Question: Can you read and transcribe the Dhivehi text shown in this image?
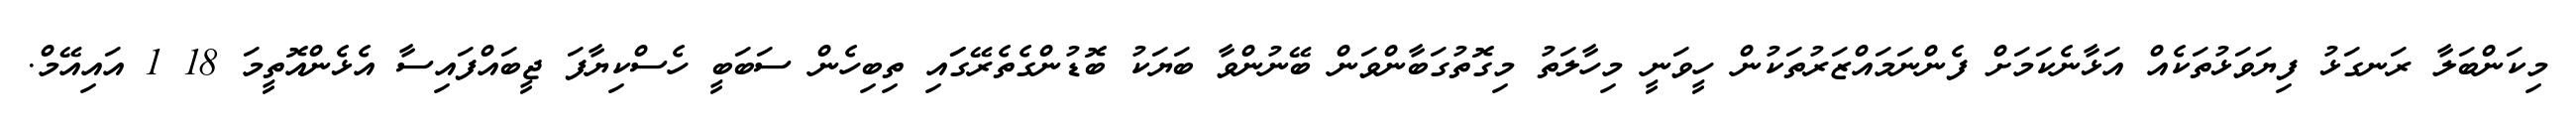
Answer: މިކަންބަލާ ރަނގަޅު ފިޔަވަޅުތަކެއް އަޅާނެކަމަށް ފެންނަމައްޒަރުތަކުން ހީވަނީ މިހާލަތު މިގޮތުގަބާންވަން ބޭނުންވާ ބަޔަކު ބޮޑުންގެތެރޭގަައި ތިބިހެން ސަބަބީ ހެސްކިޔާފަ ޖީބައްފައިސާ އެޅެންއޮތީމަ 18 1 އައިއޭމް.